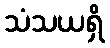
သံသယရှိ